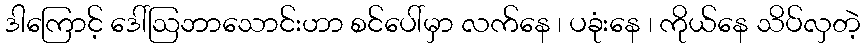
ဒါကြောင့် ဒေါ်ဩဘာသောင်းဟာ စင်ပေါ်မှာ လက်နေ ၊ ပခုံးနေ ၊ ကိုယ်နေ သိပ်လှတဲ့